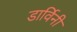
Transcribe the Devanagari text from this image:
डार्विनी